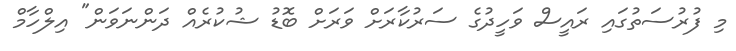
މި ފުރުސަތުގައި ރައީސް ވަހީދުގެ ސަރުކާރަށް ވަރަށް ބޮޑު ޝުކުރެއް ދަންނަވަން" އިލްހާމް